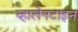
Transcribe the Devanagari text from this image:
व्हालेनटाइन